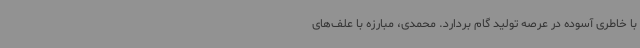
با خاطری آسوده در عرصه تولید گام بردارد. محمدی، مبارزه با علف‌های